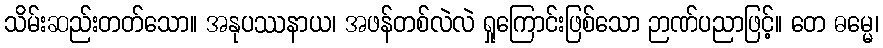
သိမ်းဆည်းတတ်သော။ အနုပဿနာယ၊ အဖန်တစ်လဲလဲ ရှုကြောင်းဖြစ်သော ဉာဏ်ပညာဖြင့်။ တေ ဓမ္မေ၊